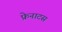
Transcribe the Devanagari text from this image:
फ्रेनाटस